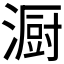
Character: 𪷏